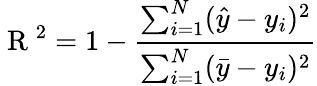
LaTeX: \mathrm{~R~}^{2}=1-\frac{\sum_{i=1}^{N}(\hat{y}-y_{i})^{2}}{\sum_{i=1}^{N}(\bar{y}-y_{i})^{2}}